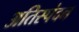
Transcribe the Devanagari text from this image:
अतिस्पंदन